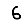
Digit: 6